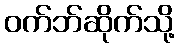
ဝက်ဘ်ဆိုက်သို့